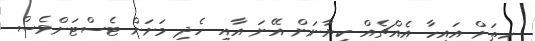
ހިތަށް އައިހާ އެއްޗެއް ކިޔާނަން އޭނަ އާއި ހެދި މަށަށް ޓެސްޓަށްވެސް